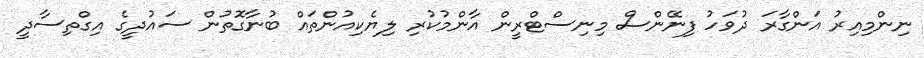
ނިންމިއިރު އަންގާރަ ދުވަހު ފިނޭންސް މިނިސްޓްރީން އާންމުކުރި ލިޔެކިއުންތައް ބުނާގޮތުން ސައުދީގެ އިގްތިސާދީ